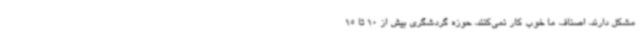
مشکل دارند، اصناف ما خوب کار نمی‌کنند، حوزه گردشگری بیش از 10 تا 15